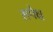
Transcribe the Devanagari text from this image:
सपेक्ष